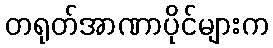
တရုတ်အာဏာပိုင်များက